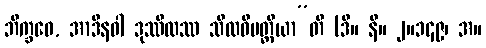
ဘိက္ခဝေ, အာဒီနဝါ ဒုဿီလဿ သီလဝိပတ္တိယာ”တိ (ဒီ။ နိ။ ၂။၁၄၉၊ အ။